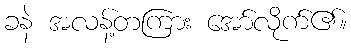
ခနဲ အလန့်တကြား အော်လိုက်၏။